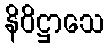
နိဝိဋ္ဌာသေ